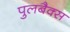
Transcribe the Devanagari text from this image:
पुलबैक्स